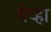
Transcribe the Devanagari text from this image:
येव्हा